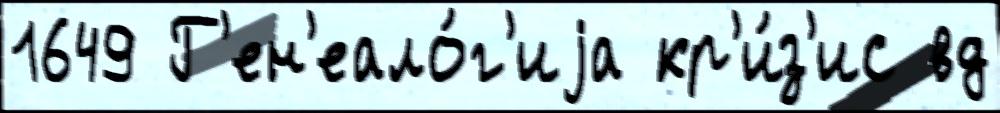
1649 Г'ен'еало́г'иjа кр'и́з'ис вд